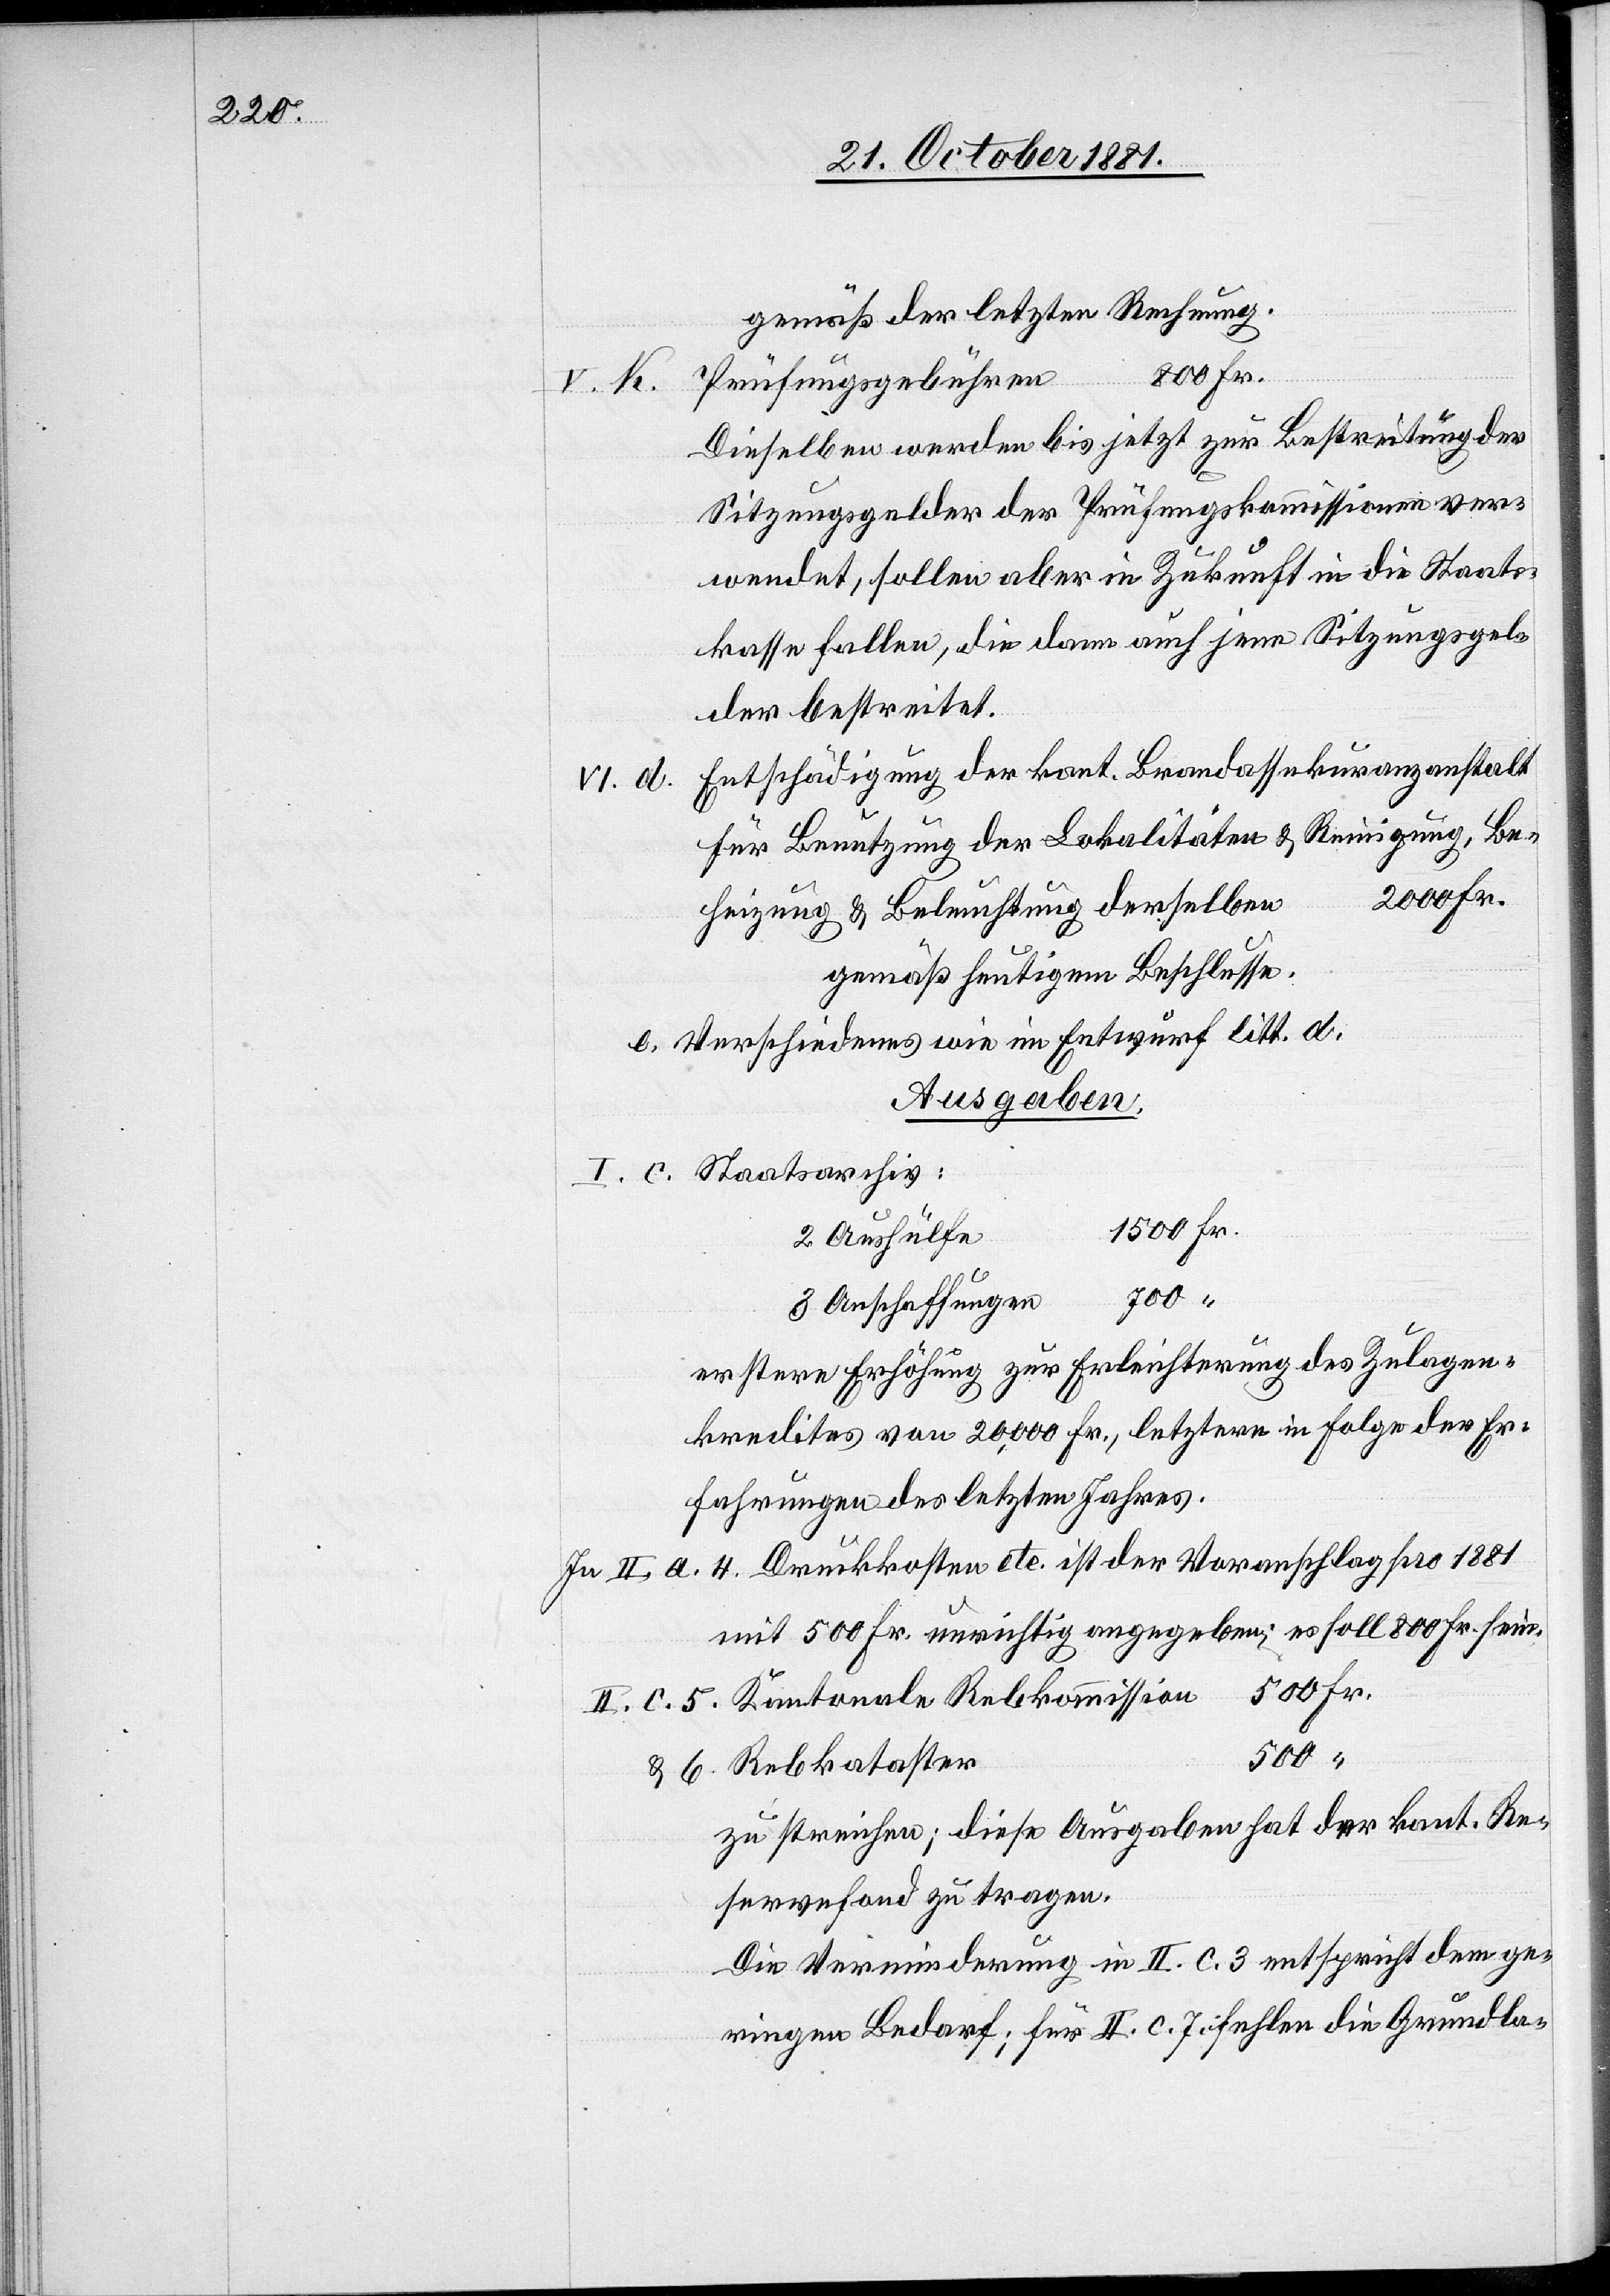
gemäß der letzten Rechnung.
II. c.
Dieselben werden bis jetzt zur Bestreitung der
Sitzungsgelder der Prüfungskommissionen ver¬
wendet, sollen aber in Zukunft in die Staats¬
kasse fallen, die dann auch jene Sitzungsgel¬
der bestreitet.
Entschädigung der kant. Brandassekuranzanstalt
für Benutzung der Lokalitäten & Reinigung, Be¬
heizung & Beleuchtung derselbe¬
gemäß heutigem Beschlusse.
e. Verschiedenes wie im Entwurf litt. d.
Ausgaben:
I. c. Staatsarchiv:
n			2000 Fr.
6.
700 “
Kanton¬
erstere Erhöhung zur Erleichterung des Zulagen¬
kredites von 20,000 Fr., letztere in Folge der Er¬
fahrungen des letzten Jahres.
In II. a. 4. Druckkosten etc. ist der Voranschlag pro 1881
mit 500 Fr. unrichtig angegeben; es soll 800 Fr. sein.
“
zu streichen; diese Ausgaben hat der kant. Re¬
servefond zu tragen.
Die Verminderung in II. c. 3 entspricht dem ge¬
ringen Bedarf; für II. c. 7 fehlen die Grundla-